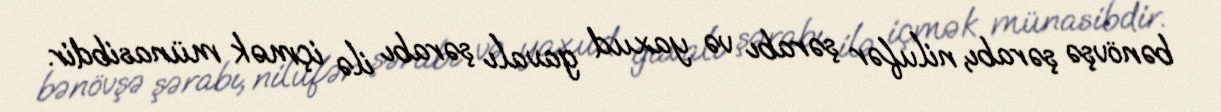
bənövşə şərabı, nilufər şərabı və yaxud gavalı şərabı ilə içmək münasibdir.